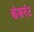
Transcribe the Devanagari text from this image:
कंकरंट